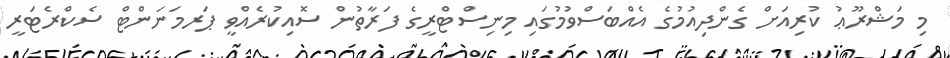
މި މަޝްރޫޢު ކުރިއަށް ގެންދިއުމުގެ އެއްބަސްވުމުގައި މިނިސްޓްރީގެ ފަރާތުން ސޮއިކުރެއްވީ ޕަރމަނަންޓް ސެކްރެޓަރީ